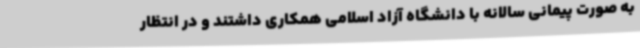
به صورت پیمانی سالانه با دانشگاه آزاد اسلامی همکاری داشتند و در انتظار